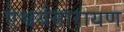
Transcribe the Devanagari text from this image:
ऐश्वर्यनारायण